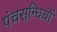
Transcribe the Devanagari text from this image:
पंचसन्धियों